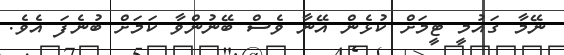
ނޭމާ ގައުމީ ޓީމަށް ކުޅެން އޭނާ ވެސް ބޭނުންވާ ކަމަށް ބުނެފަ އެވެ.